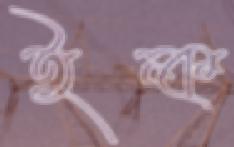
ইন্ক